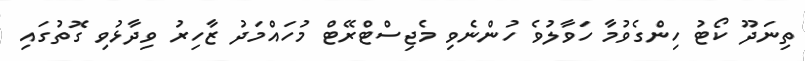
ތިނަދޫ ކޯޓު ހިންގެވުމާ ހަވާލުވެ ހުންނެވި މެޖިސްޓްރޭޓް މުހައްމަދު ޒާހިރު ވިދާޅުވި ގޮތުގައި